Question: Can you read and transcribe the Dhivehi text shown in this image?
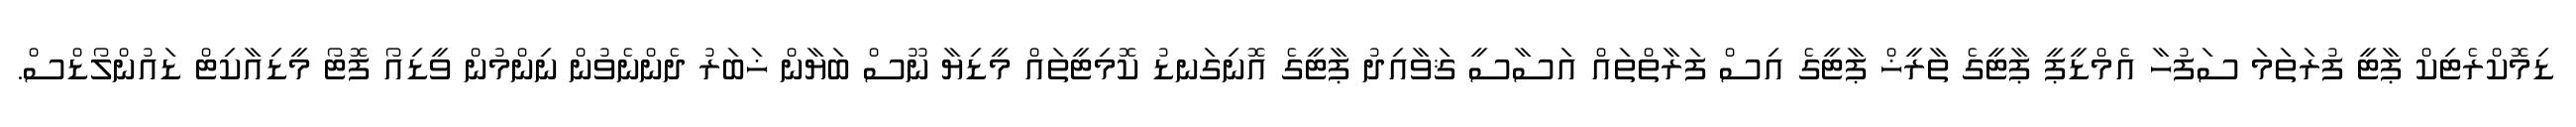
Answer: ޑިމޮކްރެޓިކް ޕާޓީ ފުރަތަމަ ސަފުހާ އެމްޑީޕީ ޕާޓީގެ ތާރީޚް ޕާޓީގެ އިސް ފަރާތްތައް އަސާސީ ޤަވާއިދު ޕާޓީގެ އޮނިގަނޑު ކޮމިޓީތައް މީޑިޔާ ނޫސް ބަޔާން ޚަބަރު ދެންނެވުން ނިންމުން ވީޑިއޯ ފޮޓޯ މީޑިއާކިޓް ޑައުންލޯޑްސް.